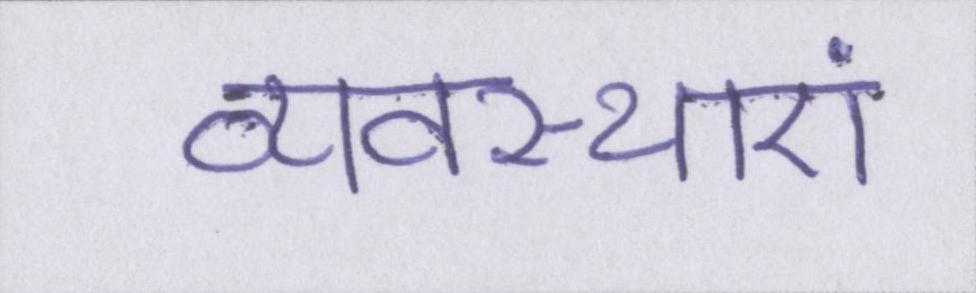
व्यवस्थाएं